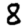
Digit: 8